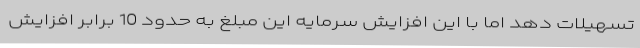
تسهیلات دهد اما با این افزایش سرمایه این مبلغ به حدود 10 برابر افزایش